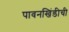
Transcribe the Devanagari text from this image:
पावनखिंडीची